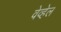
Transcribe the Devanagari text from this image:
वेव्हेल